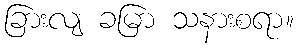
ခြားလျ ခမြာ သနားစရာ။